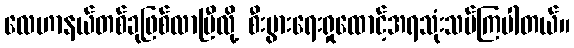
လေဟာနယ်တစ်ခုဖြစ်လာပြီလို့ စီးပွားရေးရှုထောင့်အရသုံးသပ်ကြပါတယ်။